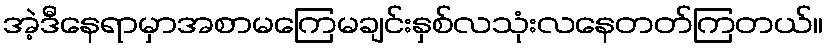
အဲ့ဒီနေရာမှာအစာမကြေမချင်းနှစ်လသုံးလနေတတ်ကြတယ်။